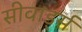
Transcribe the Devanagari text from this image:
सीवार्ड्स